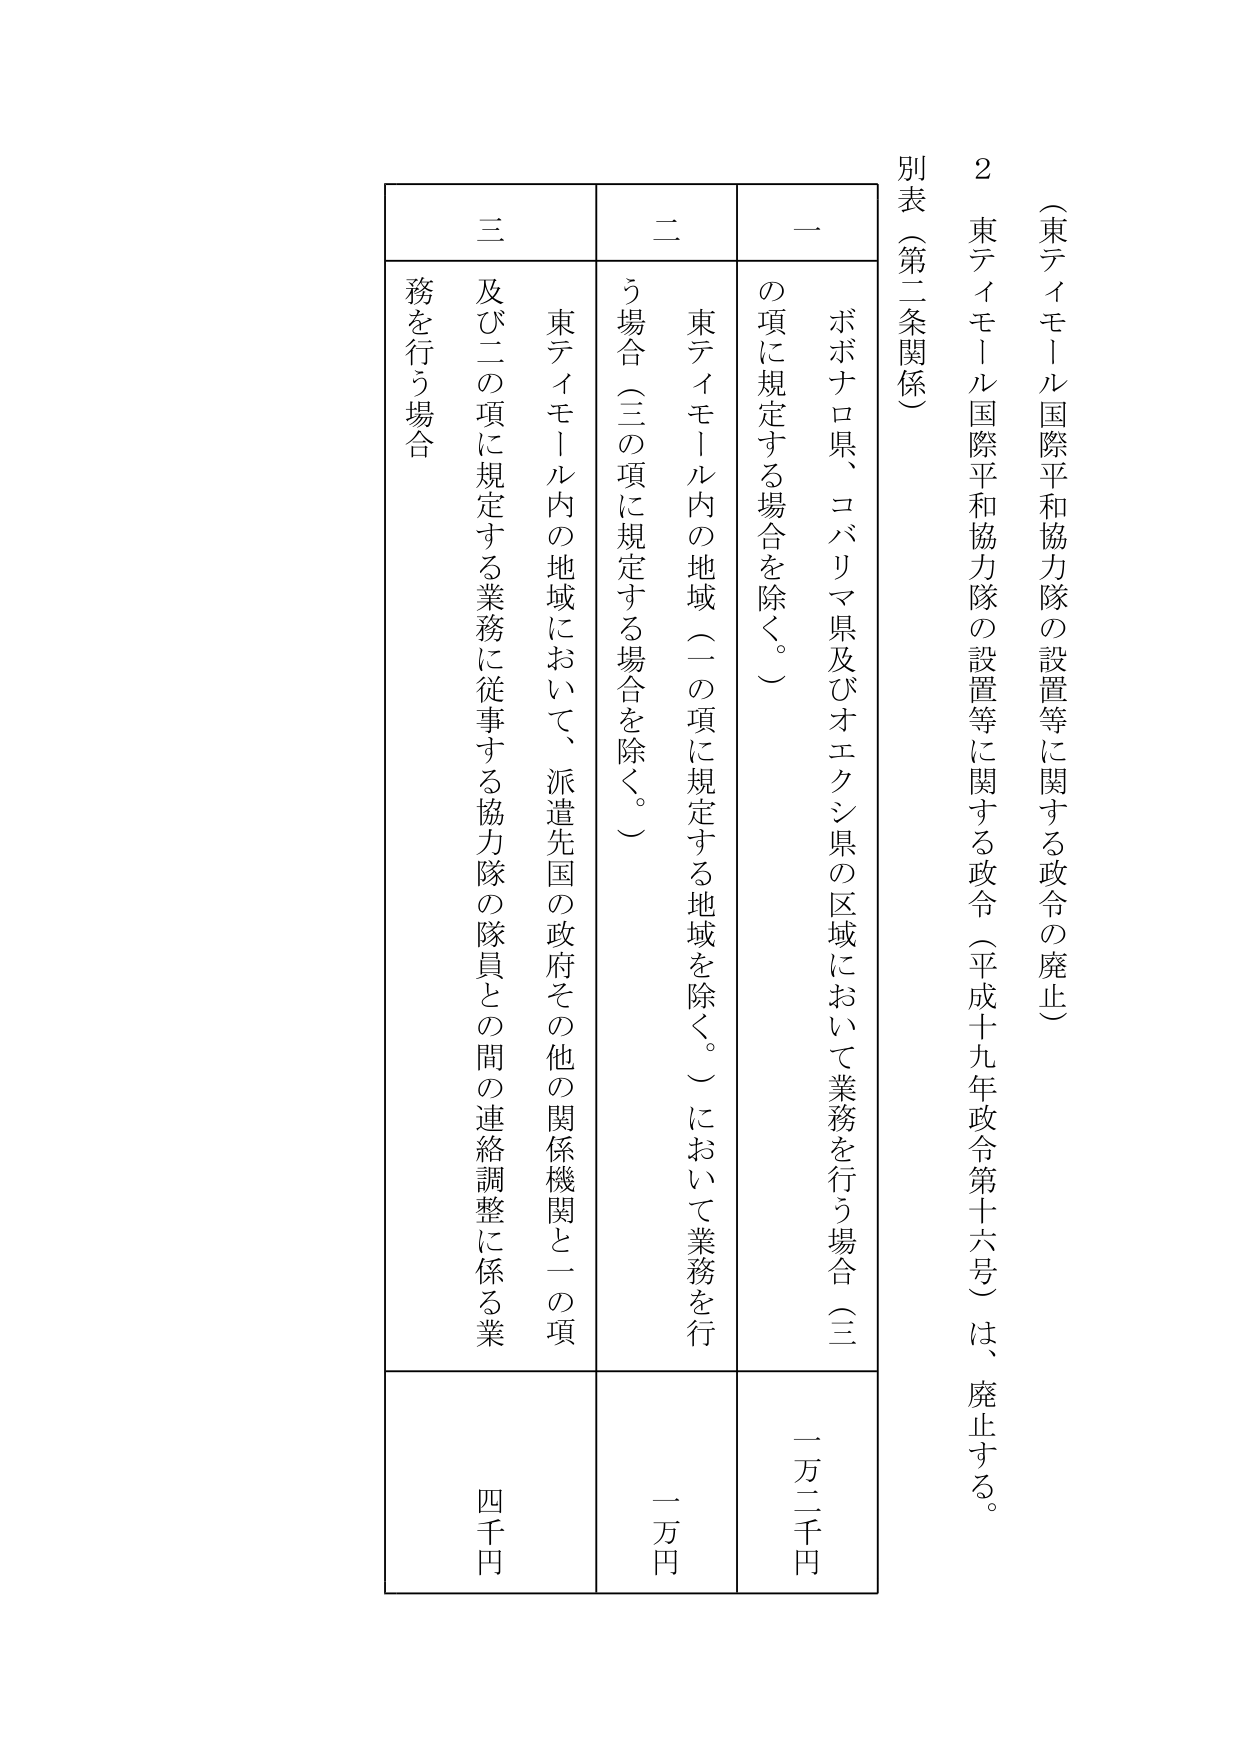
（東ティモール国際平和協力隊の設置等に関する政令の廃止）

２ 東ティモール国際平和協力隊の設置等に関する政令（平成十九年政令第十六号）は、廃止する。

別表（第二条関係）

一 ボボナロ県、コバリマ県及びオエクシ県の区域において業務を行う場合（三の項に規定する場合を除く。） 一万二千円

二 東ティモール内の地域（一の項に規定する地域を除く。）において業務を行う場合（三の項に規定する場合を除く。） 一万円

三 東ティモール内の地域において、派遣先国の政府その他の関係機関と一の項及び二の項に規定する業務に従事する協力隊の隊員との間の連絡調整に係る業務を行う場合 四千円